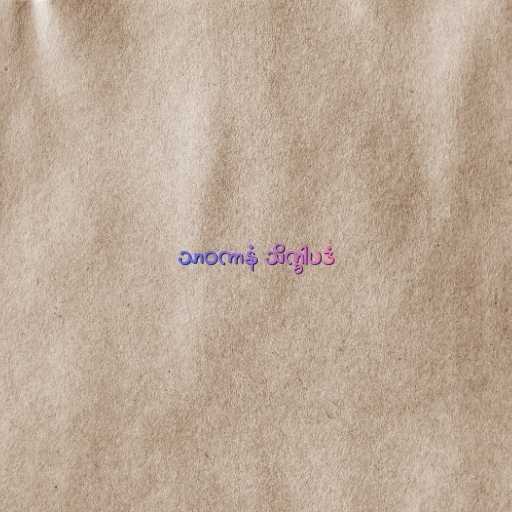
သာဝကာနံ သိက္ခါပဒံ